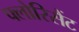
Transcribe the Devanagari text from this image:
फ्लोरिसैंट